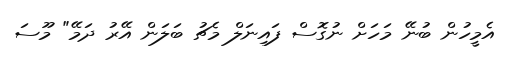
އެމީހުން ބުނޭ މަހަށް ނުގޮސް ފައިނަލް މެޗު ބަލަން އޭރު ދަމޭ" މޫސަ